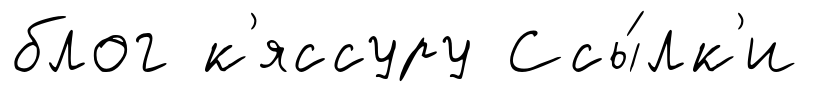
блог к'яссуру Ссы́лк'и